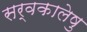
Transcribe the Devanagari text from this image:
सर्वकालेषु